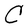
Character: C